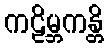
ကဠိမ္ဘကန္တိ